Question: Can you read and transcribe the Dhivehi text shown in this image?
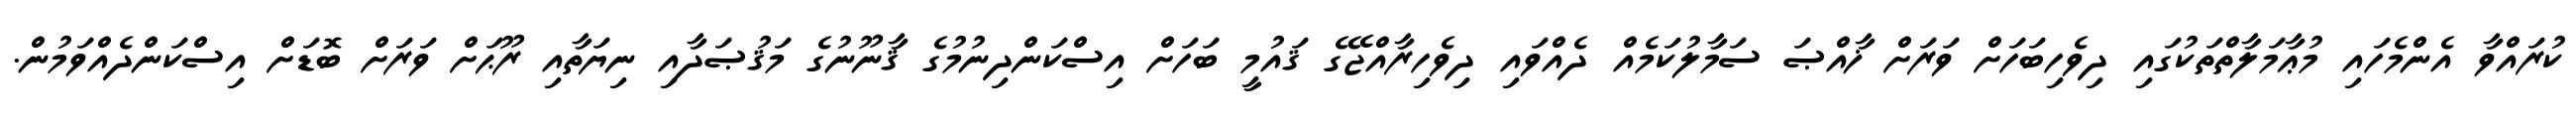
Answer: ކުރައްވާ އެންމެހައި މުޢާމަލާތްތަކުގައި ދިވެހިބަހަށް ވަރަށް ޚާއްޞަ ސަމާލުކަމެއް ދެއްވައި ދިވެހިރާއްޖޭގެ ޤައުމީ ބަހަށް އިސްކަންދިނުމުގެ ޤާނޫނުގެ މަޤުޞަދާއި ނިޔަތާއި ރޫޙަށް ވަރަށް ބޮޑަށް އިސްކަންދެއްވަމުން.